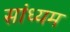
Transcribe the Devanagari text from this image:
सांध्यम